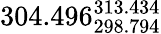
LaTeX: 304.496_{298.794}^{313.434}